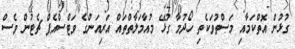
ގުޅުން އޮތްކަމާއި މަސްތުވަކެތި ހޯދުމާ ގުޅޭ މުއާމަލާތްތައް އަރިއަންގެ ވަޓްސްއެޕް ޗެޓުން ވެސް